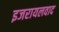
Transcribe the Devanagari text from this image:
इजरायलवाद